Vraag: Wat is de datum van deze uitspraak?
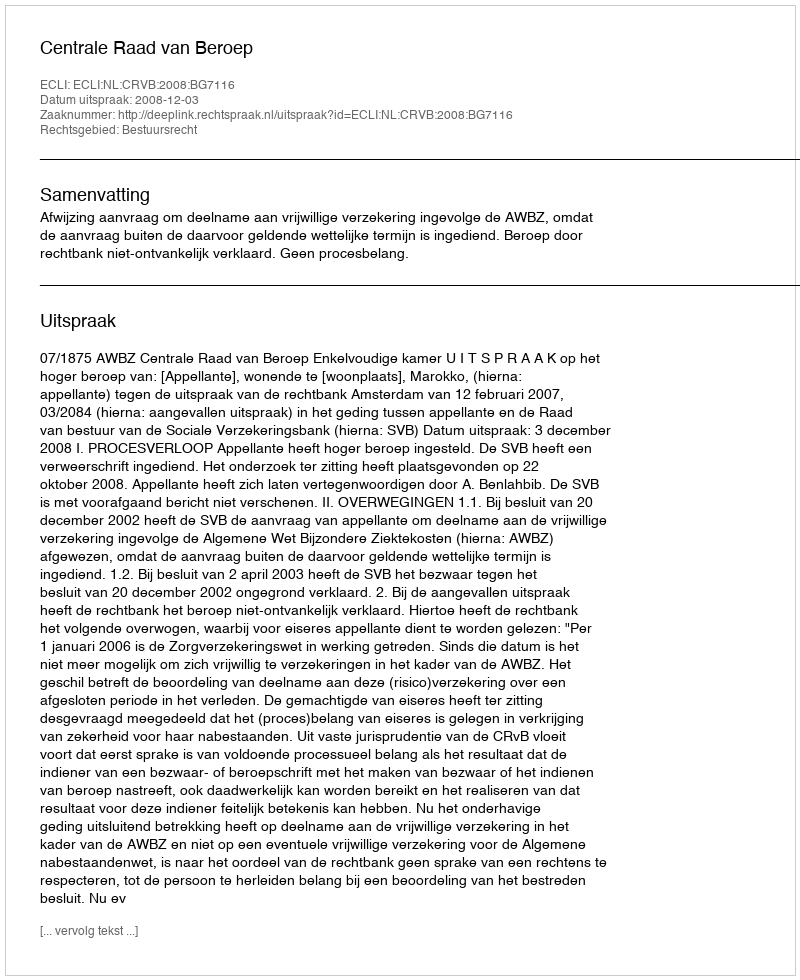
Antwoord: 2008-12-03